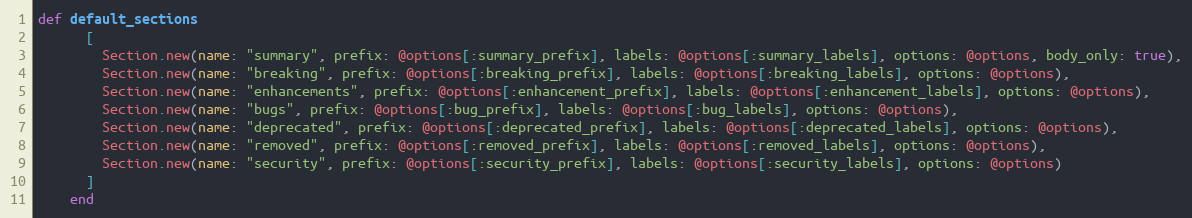
Language: Ruby
def default_sections
      [
        Section.new(name: "summary", prefix: @options[:summary_prefix], labels: @options[:summary_labels], options: @options, body_only: true),
        Section.new(name: "breaking", prefix: @options[:breaking_prefix], labels: @options[:breaking_labels], options: @options),
        Section.new(name: "enhancements", prefix: @options[:enhancement_prefix], labels: @options[:enhancement_labels], options: @options),
        Section.new(name: "bugs", prefix: @options[:bug_prefix], labels: @options[:bug_labels], options: @options),
        Section.new(name: "deprecated", prefix: @options[:deprecated_prefix], labels: @options[:deprecated_labels], options: @options),
        Section.new(name: "removed", prefix: @options[:removed_prefix], labels: @options[:removed_labels], options: @options),
        Section.new(name: "security", prefix: @options[:security_prefix], labels: @options[:security_labels], options: @options)
      ]
    end